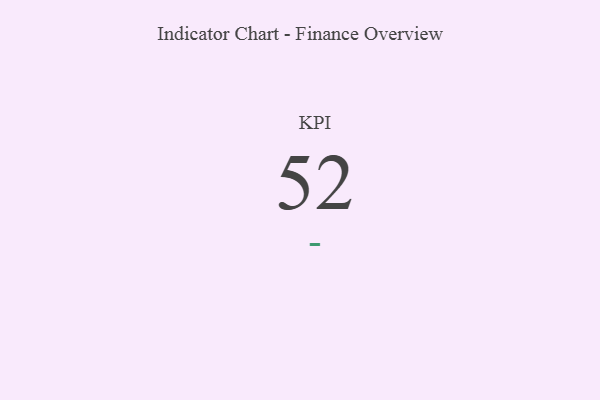
{"axis": {"x": "KPI", "y": "Value"}, "legend": [""], "data": [{"x": "KPI", "y": 52, "type": ""}]}